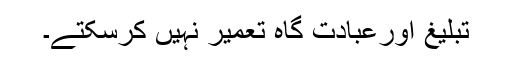
تبلیغ اورعبادت گاہ تعمیر نہیں کرسکتے۔